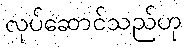
လုပ်ဆောင်သည်ဟု